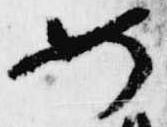
如